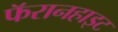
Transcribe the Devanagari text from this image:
फॅरानहाइट